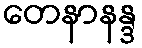
တေနာနန္ဒ